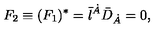
F _ { 2 } \equiv ( F _ { 1 } ) ^ { * } = \bar { \l } ^ { \dot { A } } { \bar { D } } _ { \dot { A } } = 0 ,